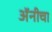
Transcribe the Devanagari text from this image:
अॅनीचा